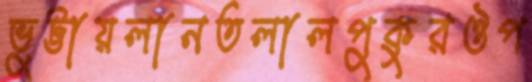
ভুট্টায়লানতলালপুকুরঔপ